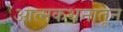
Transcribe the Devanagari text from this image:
आत्मकथनातून